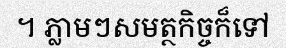
។ ភ្លាមៗសមត្ថកិច្ចក៏ទៅ